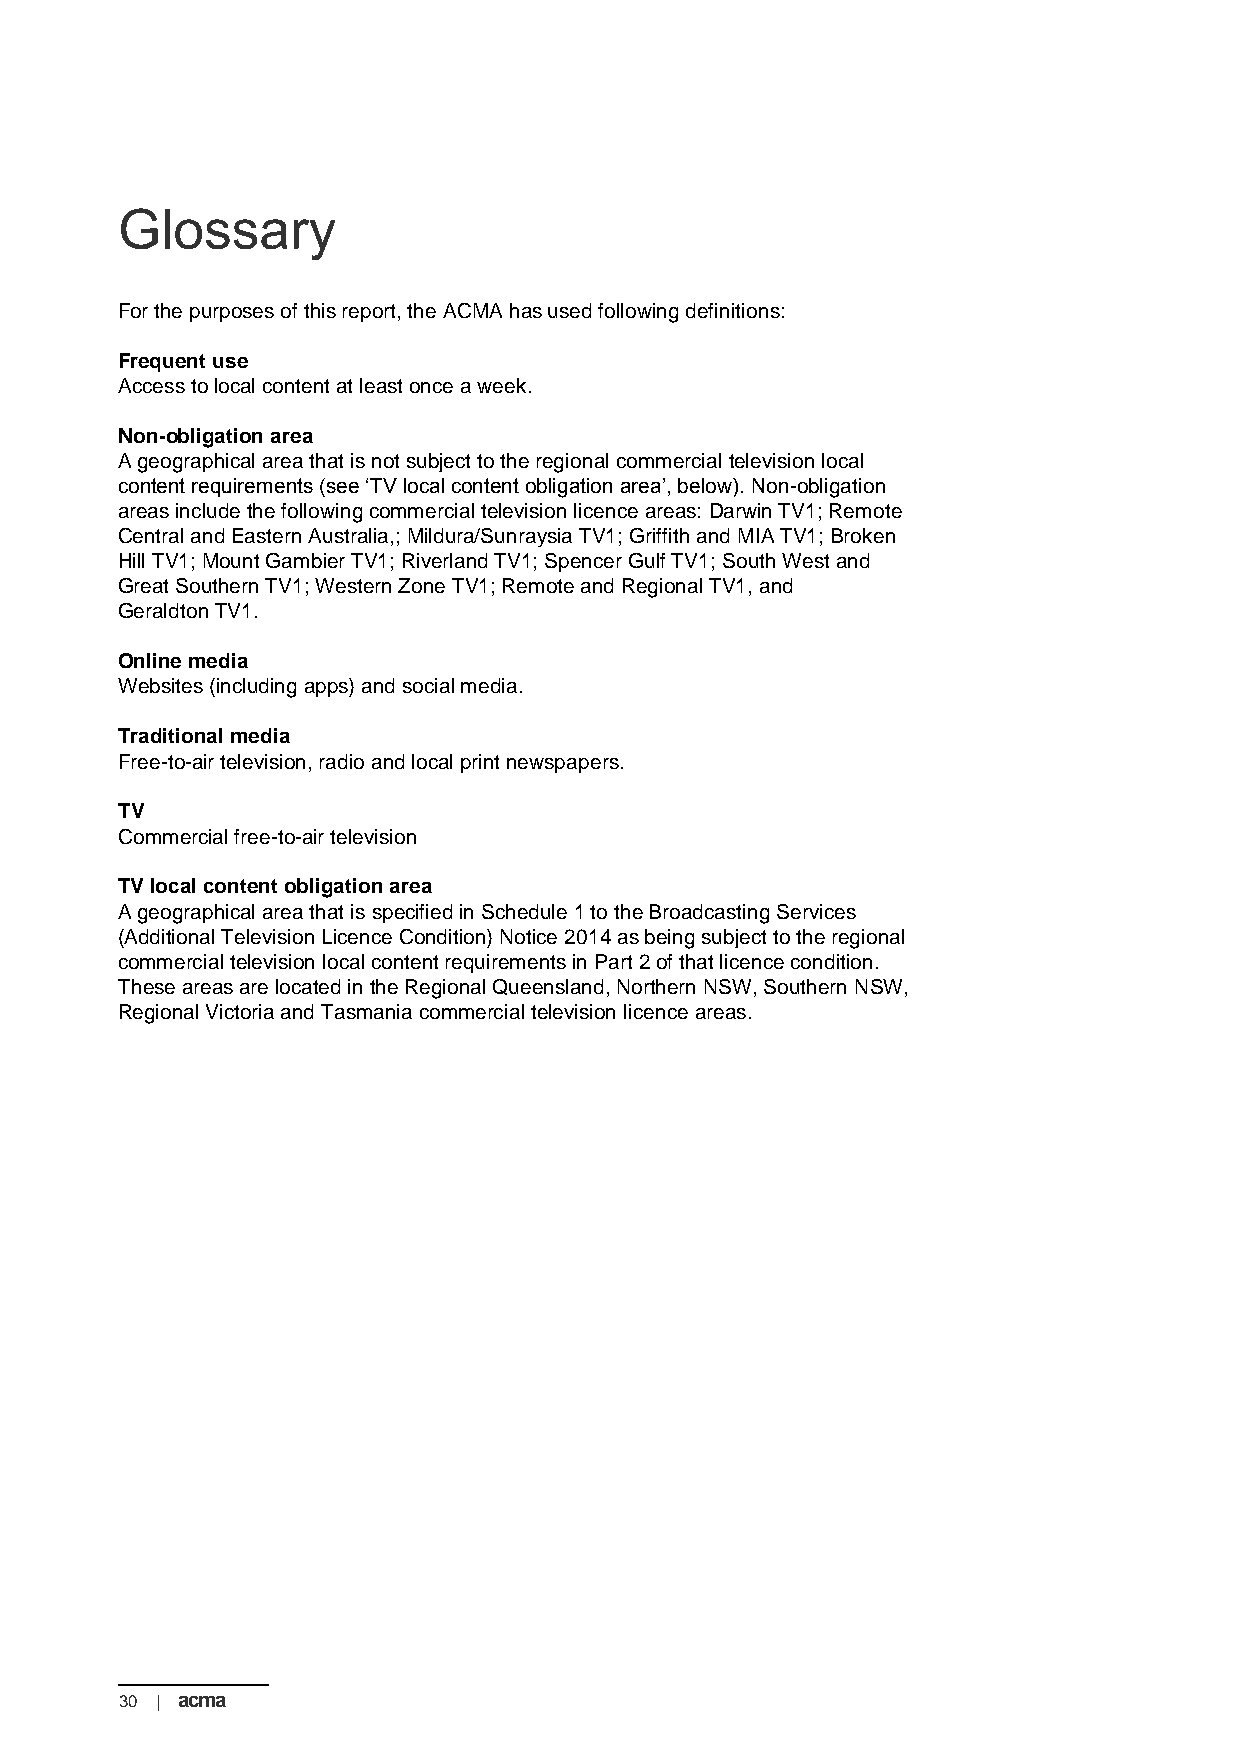
Glossary
 For the purposes of this report, the ACMA has used following definitions:
 Frequent use
 Access to local content at least once a week.
 Non-obligation area
 A geographical area that is not subject to the regional commercial television local
 content requirements (see ‘TV local content obligation area’, below). Non-obligation
 areas include the following commercial television licence areas: Darwin TV1; Remote
 Central and Eastern Australia,; Mildura/Sunraysia TV1; Griffith and MIA TV1; Broken
 Hill TV1; Mount Gambier TV1; Riverland TV1; Spencer Gulf TV1; South West and
 Great Southern TV1; Western Zone TV1; Remote and Regional TV1, and
 Geraldton TV1.
 Online media
 Websites (including apps) and social media.
 Traditional media
 Free-to-air television, radio and local print newspapers.
 TV
 Commercial free-to-air television
 TV local content obligation area
 A geographical area that is specified in Schedule 1 to the Broadcasting Services
 (Additional Television Licence Condition) Notice 2014 as being subject to the regional
 commercial television local content requirements in Part 2 of that licence condition.
 These areas are located in the Regional Queensland, Northern NSW, Southern NSW,
 Regional Victoria and Tasmania commercial television licence areas.
 30 | acma